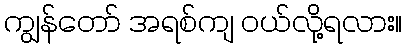
ကျွန်တော် အရစ်ကျ ဝယ်လို့ရလား။